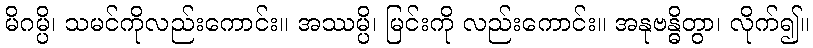
မိဂမ္ပိ၊ သမင်ကိုလည်းကောင်း။ အဿမ္ပိ၊ မြင်းကို လည်းကောင်း။ အနုဗန္ဓိတွာ၊ လိုက်၍။